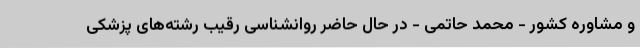
و مشاوره کشور - محمد حاتمی - در حال حاضر روانشناسی رقیب رشته‌های پزشکی